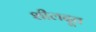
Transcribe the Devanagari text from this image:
शीलदूत